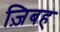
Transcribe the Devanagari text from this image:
ज़िबह